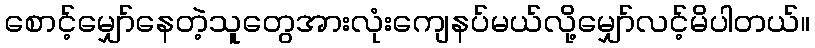
စောင့်မျှော်နေတဲ့သူတွေအားလုံးကျေနပ်မယ်လို့မျှော်လင့်မိပါတယ်။